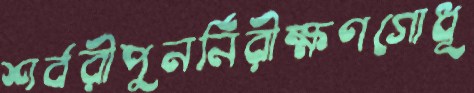
শর্বরীপুনর্নিরীক্ষণগোধূ